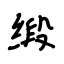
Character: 缎